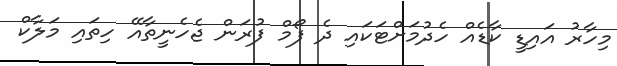
މިހާރު އައިޑީ ކާޑެއް ހެދުމަށްޓަކައި ދެ ފޯމް ފުރަން ޖެހެނީތާއޭ ހިތައި މަލާކް